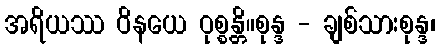
အရိယဿ ဝိနယေ ဝုစ္စန္တိ။စုန္ဒ - ချစ်သားစုန္ဒ၊